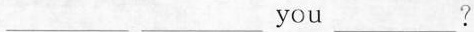
___you___?